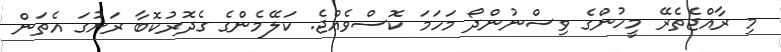
މި ރާއްޖެތެރޭ މީހުންގެ ވިސްނުންދޯ މަހަމަ ކޮސްވެއްޖެ. ކަލޭމެންގެ ގެދޮރުކޮޮބާ ރަށުގަ އެތަން